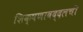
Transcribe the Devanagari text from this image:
शिक्षणाबद्दलची